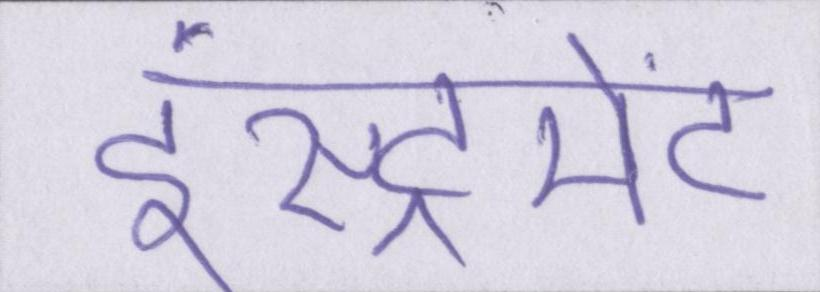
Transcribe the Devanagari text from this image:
इंस्ट्रूमेंट